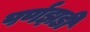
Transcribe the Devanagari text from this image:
पर्णझडी